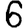
Digit: 6